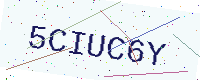
Text: 5CIUC6Y